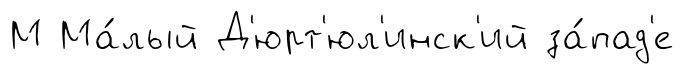
М Ма́лый Д'юрт'юл'инск'ий за́пад'е